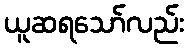
ယူဆရသော်လည်း